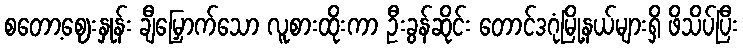
စတော့ဈေးနှုန်း ချီမြှောက်သော လူစားထိုးကာ ဦးခွန်ဆိုင်း တောင်ဒဂုံမြို့နယ်များရှိ ဖိသိပ်ပြီး